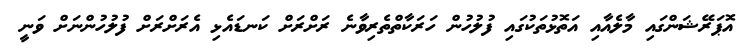
އޮޕަރޭޝަންގައި މާލެއާއި އަތޮޅުތަކުގައި ފުލުހުން ހަރަކާތްތެރިވާނެ ރަށްރަށް ކަނޑައެޅި އެރަށްރަށް ފުލުހުންނަށް ވަނީ